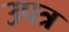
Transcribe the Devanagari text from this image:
उपत्र